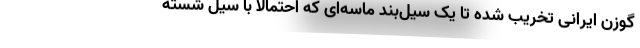
گوزن ایرانی تخریب شده تا یک سیل‌بند ماسه‌ای که احتمالاً با سیل شسته